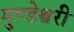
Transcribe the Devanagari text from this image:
मुण्डेश्वरी